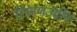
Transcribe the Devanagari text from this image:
रियाजउद्दीन